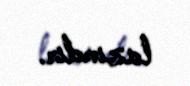
lazımdır.